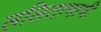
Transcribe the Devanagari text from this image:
ललिताभाभी